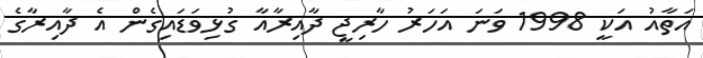
އަތާއު އަކީ 1998 ވަނަ އަހަރު ހާރިޖީ ދާއިރާއާ ގުޅިވަޑައިގެން އެ ދާއިރާގެ